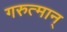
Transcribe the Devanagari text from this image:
गरुत्मान्